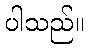
ပါသည်။